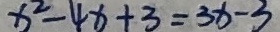
x ^ { 2 } - 4 x + 3 = 3 x - 3